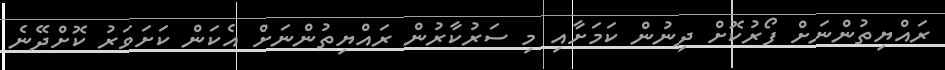
ރައްޔިތުންނަށް ފޯރުކޮށް ދިނުން ކަމަށާއި މި ސަރުކާރުން ރައްޔިތުންނަށް އެކަން ކަށަވަރު ކޮށްދޭނެ